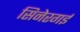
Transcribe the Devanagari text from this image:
सिनेरगई